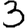
Digit: 3